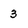
Character: 3